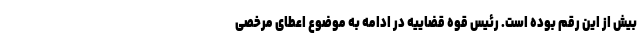
بیش از این رقم بوده است. رئیس قوه قضاییه در ادامه به موضوع اعطای مرخصی